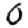
Digit: 0